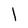
Character: 1